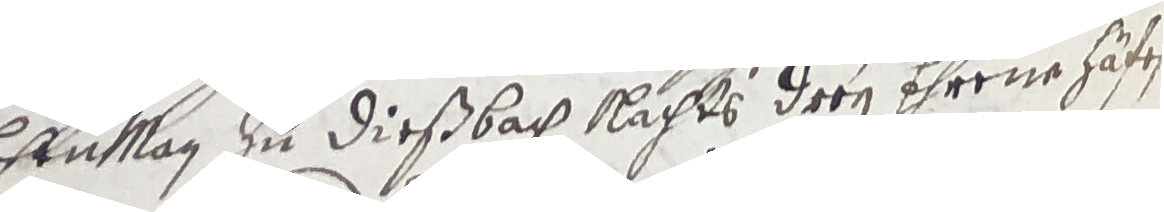
lehrnman in dießbach nachts drey ehrene hafen